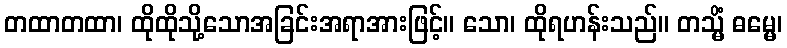
တထာတထာ၊ ထိုထိုသို့သောအခြင်းအရာအားဖြင့်။ သော၊ ထိုရဟန်းသည်။ တသ္မိံ ဓမ္မေ၊